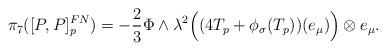
LaTeX: \begin{align*} \pi_7([P, P]_p^{FN}) = -\dfrac23 \Phi \wedge \lambda^2\Big( (4 T_p + \phi_\sigma(T_p))(e_\mu) \Big) \otimes e_\mu.\end{align*}